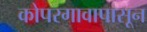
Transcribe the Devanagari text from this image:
कोपरगावापासून